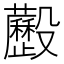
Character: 𣫧